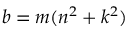
b = m ( n ^ { 2 } + k ^ { 2 } )